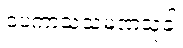
ဝပကာသသမဏသုခါ